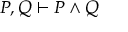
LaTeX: P , Q \vdash P \land Q